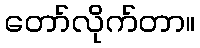
တော်လိုက်တာ။